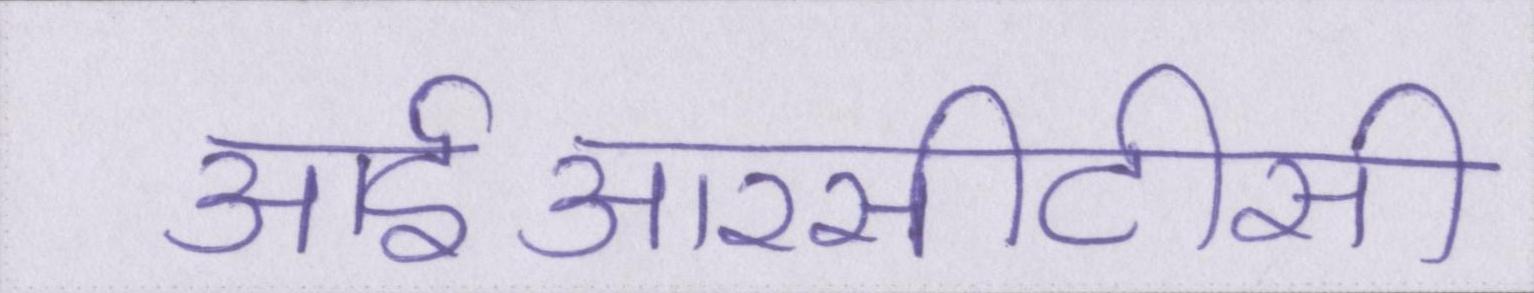
आईआरसीटीसी